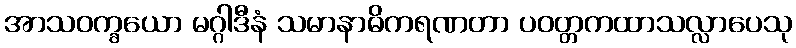
အာသဝက္ခယော မဂ္ဂါဒီနံ သမာနာဓိကရဏတာ ပဝတ္တကထာသလ္လာပေသု